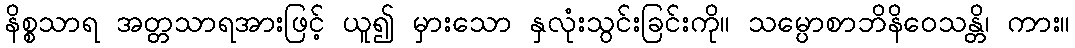
နိစ္စသာရ အတ္တသာရအားဖြင့် ယူ၍ မှားသော နှလုံးသွင်းခြင်းကို။ သမ္ပောစာဘိနိဝေသန္တိ၊ ကား။